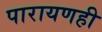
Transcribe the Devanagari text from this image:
पारायणही